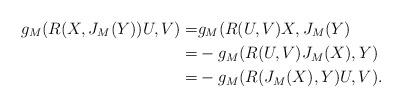
LaTeX: \begin{align*} g_M(R(X,J_M(Y))U,V)=&g_M(R(U,V)X,J_M(Y)\\ =&-g_M(R(U,V)J_M(X),Y)\\ =&-g_M(R(J_M(X),Y)U,V).\end{align*}